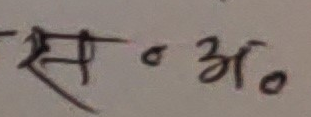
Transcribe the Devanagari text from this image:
स० अ०